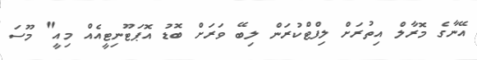
އޭނާގެ މޮރާލް އިތުރަށް ލިފްޓްކުރަން ލިބޭ ވަރަށް ބޮޑު އޮޕަޓޫނިޓީއެއް މިއީ" މޫސަ